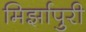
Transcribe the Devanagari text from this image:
मिर्झापुरी